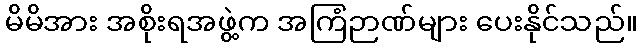
မိမိအား အစိုးရအဖွဲ့က အကြံဉာဏ်များ ပေးနိုင်သည်။